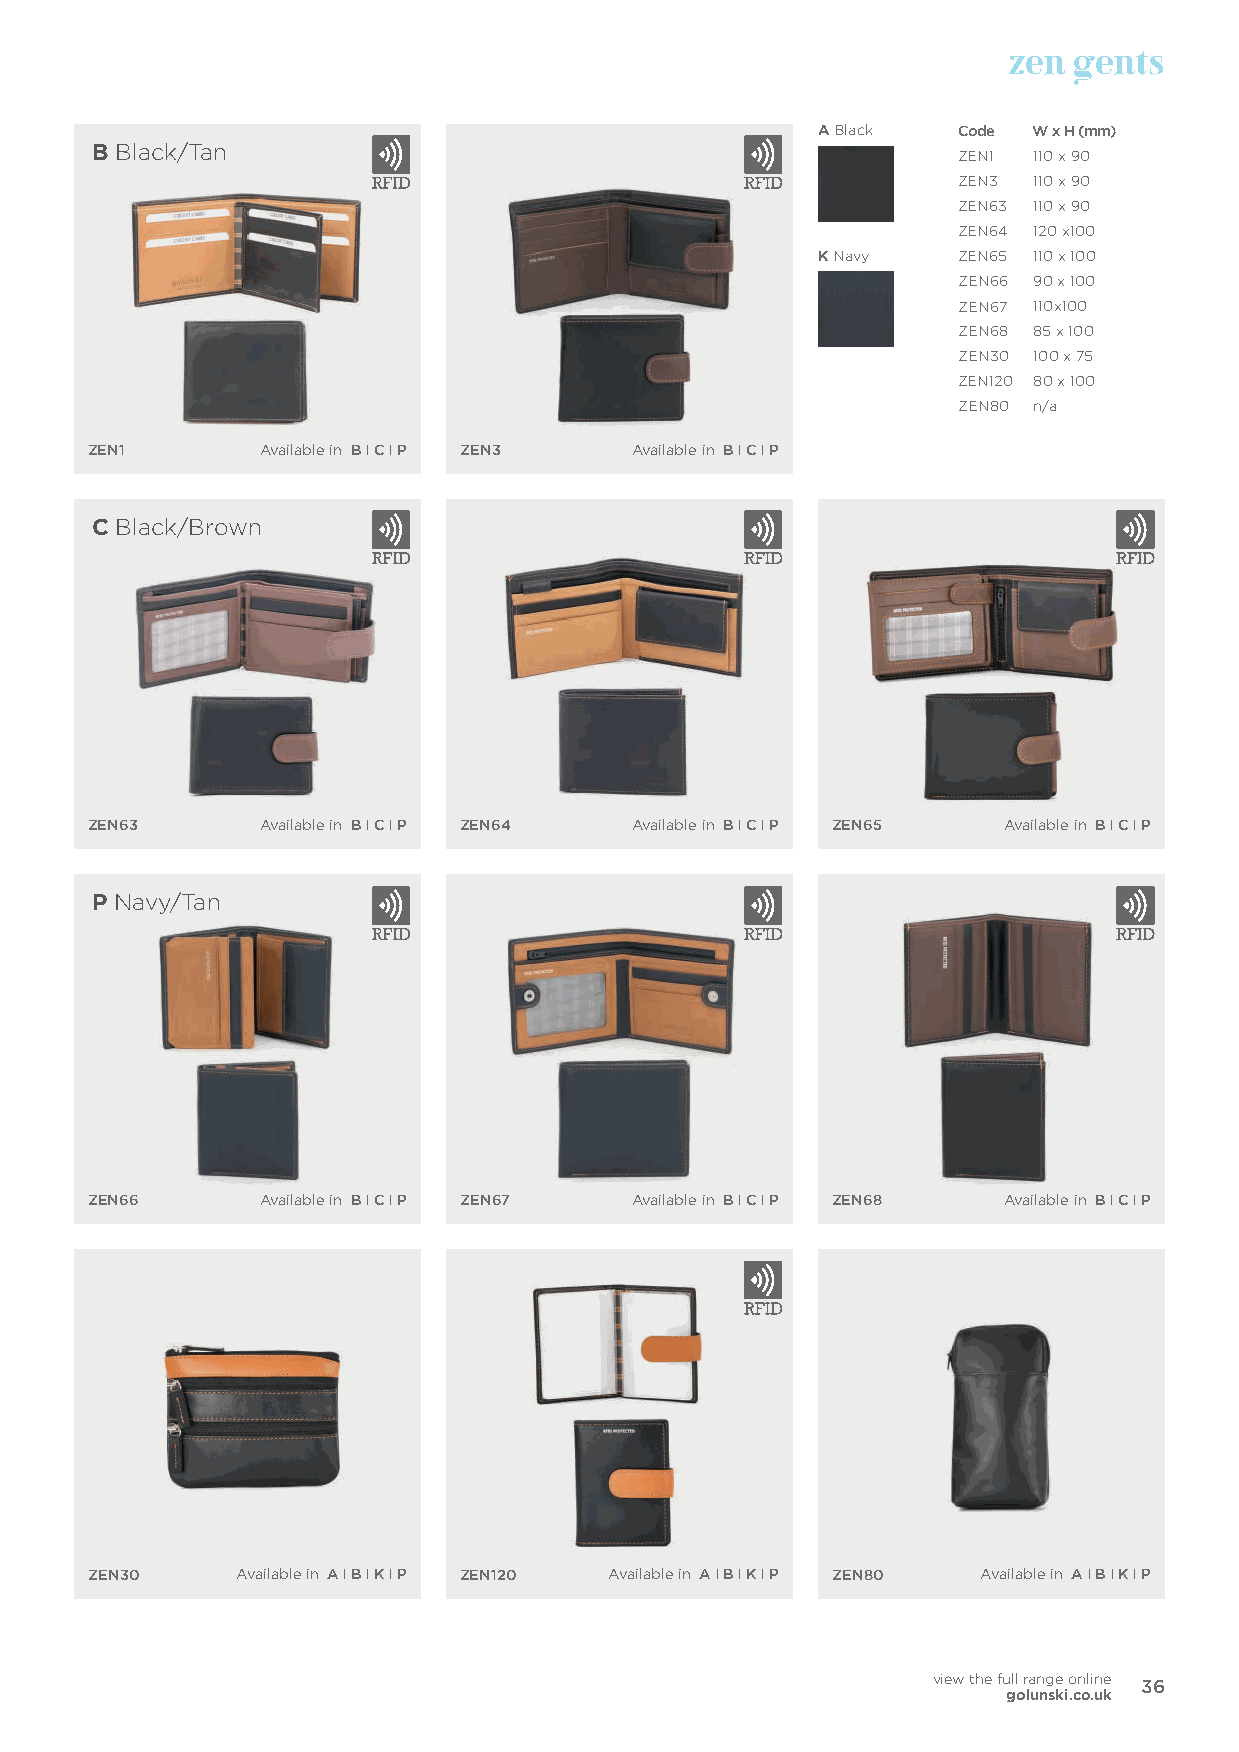
zen gents
 A Black   Code W x H (mm)
 B Black/Tan                                               ZEN1 110 x 90
 ZEN3 110 x 90
 ZEN63 110 x 90
 ZEN64 120 x100
 K Navy    ZEN65 110 x 100
 ZEN66 90 x 100
 ZEN67 110x100
 ZEN68 85 x 100
 ZEN30 100 x 75
 ZEN120 80 x 100
 ZEN80 n/a
 ZEN1       Available in B I C I P ZEN3 Available in B I C I P
 C Black/Brown
 ZEN63      Available in B I C I P ZEN64 Available in B I C I P ZEN65 Available in B I C I P
 P Navy/Tan
 ZEN66      Available in B I C I P ZEN67 Available in B I C I P ZEN68 Available in B I C I P
 ZEN30     Available in A I B I K I P ZEN120 Available in A I B I K I P ZEN80 Available in A I B I K I P
 view the full range online
 36
 golunski.co.uk